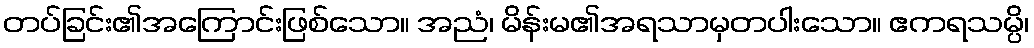
တပ်ခြင်း၏အကြောင်းဖြစ်သော။ အညံ၊ မိန်းမ၏အရသာမှတပါးသော။ ဧကရသမ္ပိ၊